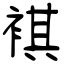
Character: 褀